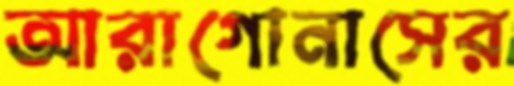
আরাগোনাসের